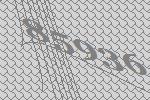
85936